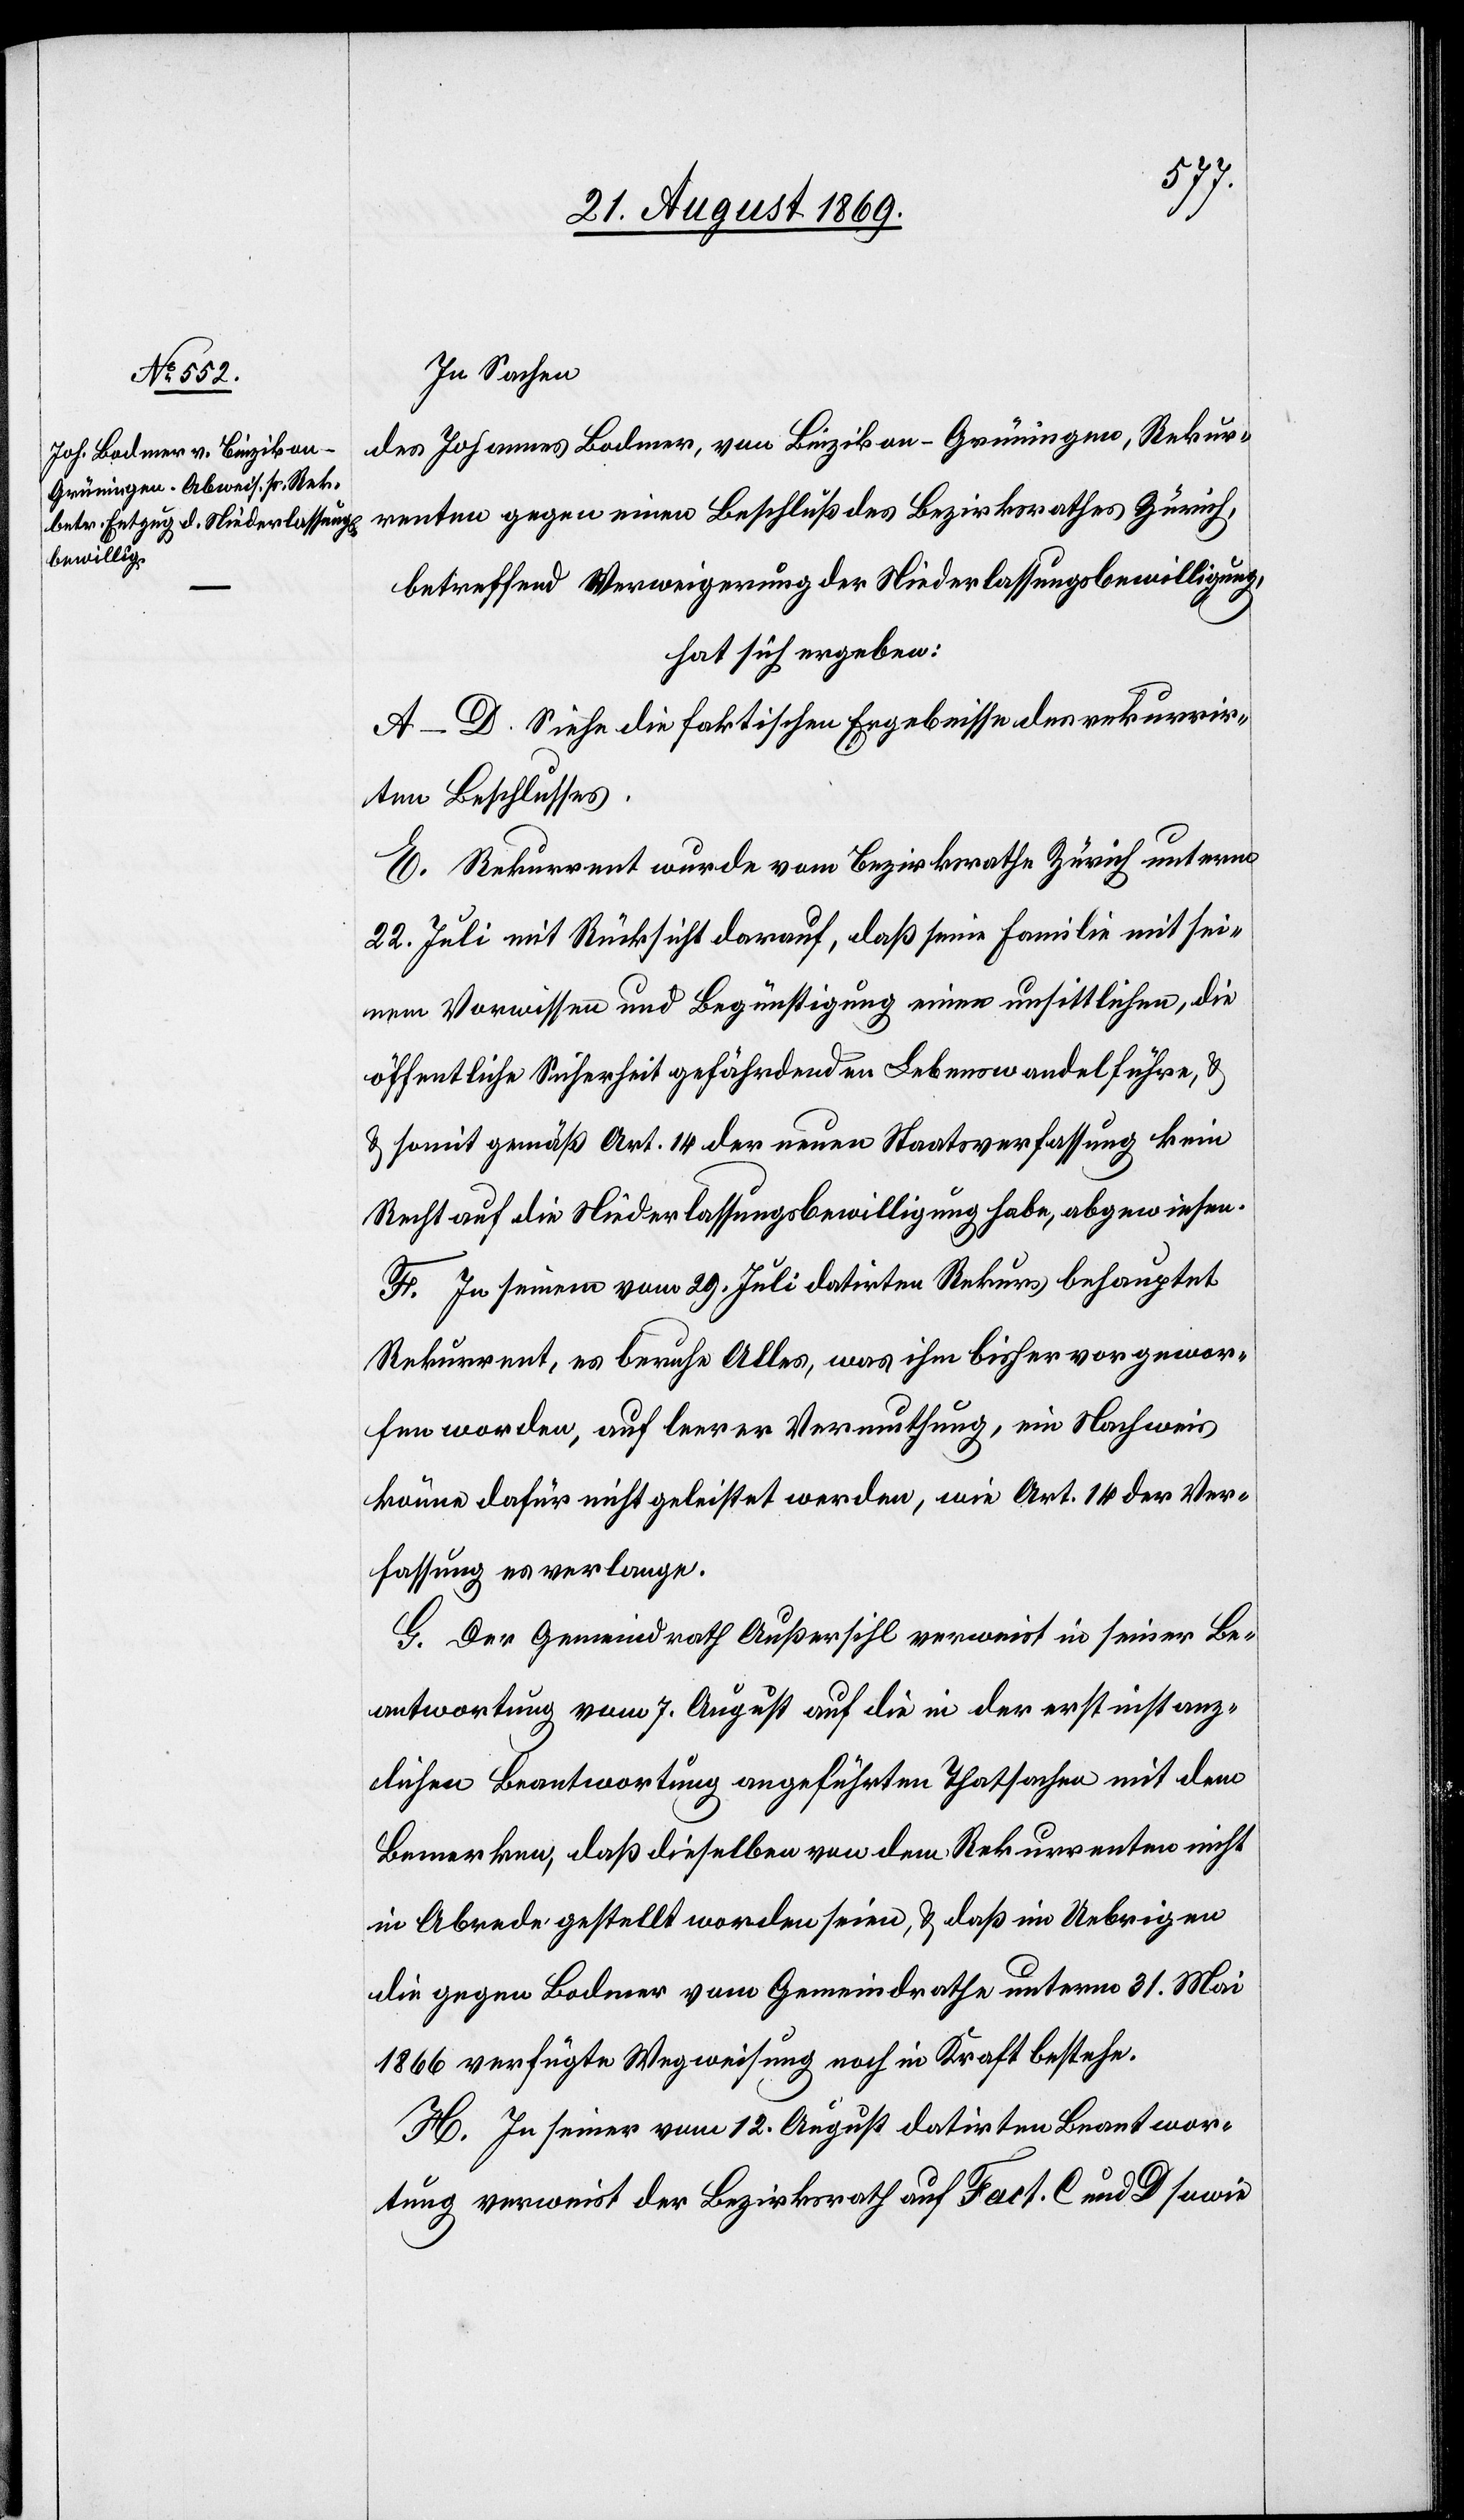
In Sachen
des Johannes Bodmer, von Binzikon - Grüningen, Rekur¬
renten gegen einen Beschluß des Bezirksrathes Zürich,
betreffend Verweigerung der Niederlassungsbewilligung,
hat sich ergeben:
A–D. Siehe die faktischen Ergebnisse des rekurrir¬
ten Beschlusses.
E. Rekurrent wurde vom Bezirksrathe Zürich unterm
22. Juli mit Rücksicht darauf, daß seine Familie mit sei¬
nem Vorwissen und Begünstigung einen unsittlichen, die
öffentliche Sicherheit gefährdenden Lebenswandel führe, &
somit gemäß Art. 14 der neuen Staatsverfassung kein
Recht auf die Niederlassungsbewilligung habe, abgewiesen.
F. In seinem vom 29. Juli datirten Rekurs behauptet
Rekurrent, es beruhe Alles, was ihm bisher vorgewor¬
fen worden, auf leerer Vermuthung, ein Nachweis
könne dafür nicht geleistet werden, wie Art. 14 der Ver¬
fassung es verlange.
G. Der Gemeindrath Außersihl verweist in seiner Be¬
antwortung vom 7. August auf die in der erstinstanz¬
lichen Beantwortung angeführten Thatsachen mit dem
Bemerken, daß dieselben von dem Rekurrenten nicht
in Abrede gestellt worden seien, & daß im Uebrigen
die gegen Bodmer vom Gemeindrathe unterm 31. Mai
1866 verfügte Wegweisung noch in Kraft bestehe.
H. In seiner vom 12. August datirten Beantwor¬
tung verweist der Bezirksrath auf Fact. C und D sowie